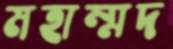
মহাম্মদ